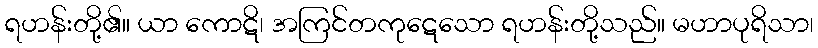
ရဟန်းတို့၏။ ယာ ကောဋိ၊ အကြင်တကုဋေသော ရဟန်းတို့သည်။ မဟာပုရိသာ၊